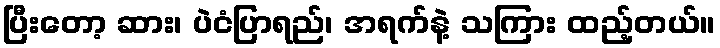
ပြီးတော့ ဆား၊ ပဲငံပြာရည်၊ အရက်နဲ့ သကြား ထည့်တယ်။